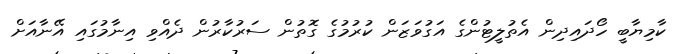
ކާމިޔާބީ ހޯދައިދިން އެތުލީޓުންގެ އަގުވަޒަން ކުރުމުގެ ގޮތުން ސަރުކާރުން ދެއްވި އިނާމުގައި އޭނާއަށް